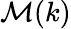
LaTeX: \mathcal M(k)